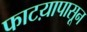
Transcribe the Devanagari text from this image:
फाटय़ापासून